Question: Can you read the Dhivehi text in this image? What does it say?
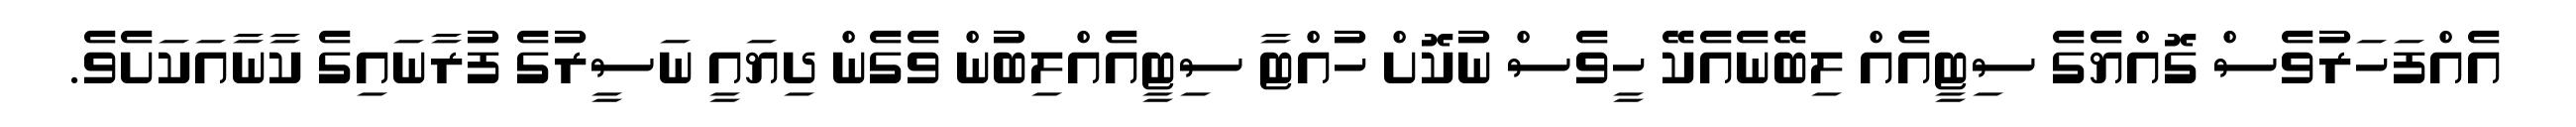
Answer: އެއްފަހަރުވެސް ގޮއްޔެގެ ސިޓީއެއް ލިބޭނެއެކޭ ހީވެސް ނުކޮށް ހުއްޓާ ސިޓީއެއްލިބުން ވެގެން ދިޔައީ ނަސީރުގެ ފުރާނައިގެ ކާނާއަކަށެވެ.